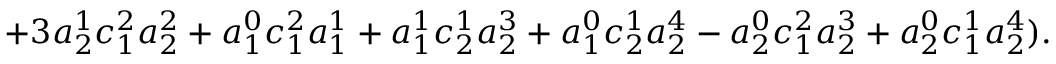
+ 3 a _ { 2 } ^ { 1 } c _ { 1 } ^ { 2 } a _ { 2 } ^ { 2 } + a _ { 1 } ^ { 0 } c _ { 1 } ^ { 2 } a _ { 1 } ^ { 1 } + a _ { 1 } ^ { 1 } c _ { 2 } ^ { 1 } a _ { 2 } ^ { 3 } + a _ { 1 } ^ { 0 } c _ { 2 } ^ { 1 } a _ { 2 } ^ { 4 } - a _ { 2 } ^ { 0 } c _ { 1 } ^ { 2 } a _ { 2 } ^ { 3 } + a _ { 2 } ^ { 0 } c _ { 1 } ^ { 1 } a _ { 2 } ^ { 4 } ) .